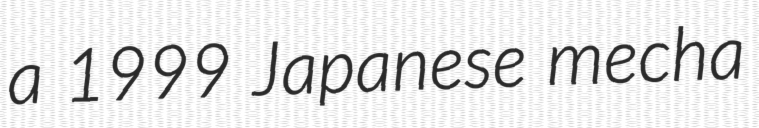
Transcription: a 1999 Japanese mecha